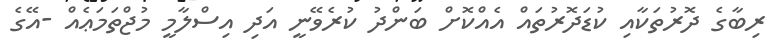
ރިބާގެ ދޮރުތަކާއި ކުޑަދޮރުތައް އެއްކޮށް ބަންދު ކުރެވޭނީ އަދި އިސްލާމީ މުޖްތަމަޢެއް -އޭގެ